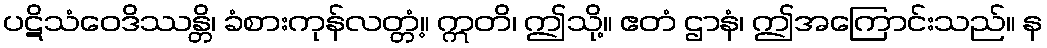
ပဋိသံဝေဒိဿန္တိ၊ ခံစားကုန်လတ္တံ့။ ဣတိ၊ ဤသို့။ ဧတံ ဌာနံ၊ ဤအကြောင်းသည်။ န